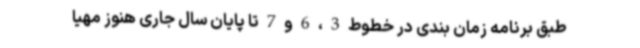
طبق برنامه زمان بندی در خطوط 3 ، 6 و 7 تا پایان سال جاری هنوز مهیا